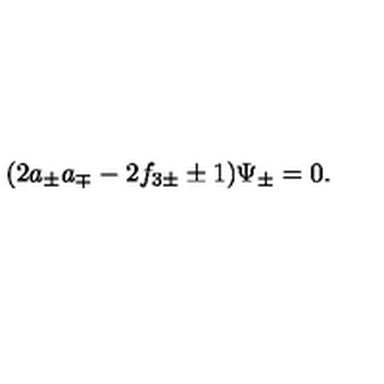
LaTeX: ( 2 a _ { \pm } a _ { \mp } - 2 f _ { 3 \pm } \pm 1 ) \Psi _ { \pm } = 0 .